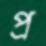
প্র